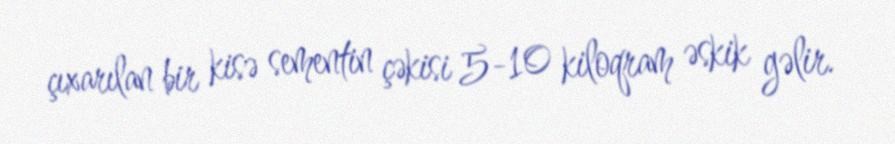
çıxarılan bir kisə sementin çəkisi 5-10 kiloqram əskik gəlir.